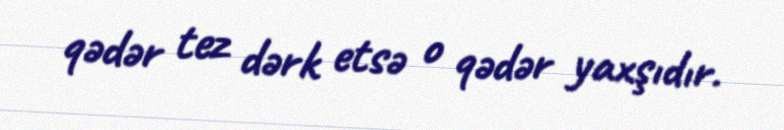
qədər tez dərk etsə o qədər yaxşıdır.